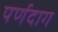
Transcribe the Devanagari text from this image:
पर्णदाग